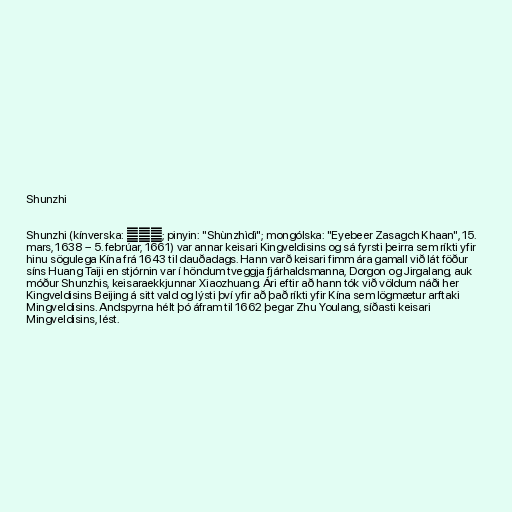
Shunzhi

Shunzhi (kínverska: 順治帝; pinyin: "Shùnzhìdì"; mongólska: "Eyebeer Zasagch Khaan", 15.
mars, 1638 – 5. febrúar, 1661) var annar keisari Kingveldisins og sá fyrsti þeirra sem ríkti yfir
hinu sögulega Kína frá 1643 til dauðadags. Hann varð keisari fimm ára gamall við lát föður
síns Huang Taiji en stjórnin var í höndum tveggja fjárhaldsmanna, Dorgon og Jirgalang, auk
móður Shunzhis, keisaraekkjunnar Xiaozhuang. Ári eftir að hann tók við völdum náði her
Kingveldisins Beijing á sitt vald og lýsti því yfir að það ríkti yfir Kína sem lögmætur arftaki
Mingveldisins. Andspyrna hélt þó áfram til 1662 þegar Zhu Youlang, síðasti keisari
Mingveldisins, lést.